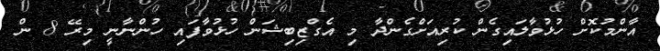
އާންމުކޮށް ހުޅުވާލައިގެން ކުރިއަށްގެންދާ މި އެގްޒިބިޝަން ހުޅުވާފައި ހުންނާނީ މިރޭ 8 ން